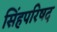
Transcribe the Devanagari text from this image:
सिंहपरिषद